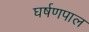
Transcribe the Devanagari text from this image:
घर्षणपाल